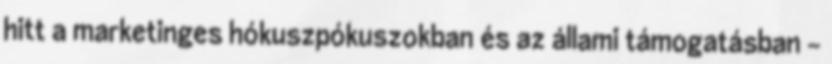
hitt a marketinges hókuszpókuszokban és az állami támogatásban –